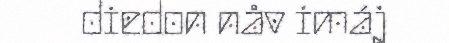
diedon nåv imáj